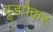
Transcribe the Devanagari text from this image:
वूडपेकर